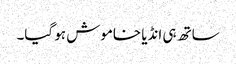
ساتھ ہی انڈیا خاموش ہو گیا۔